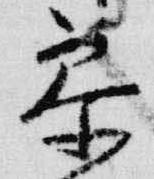
参